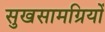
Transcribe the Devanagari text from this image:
सुखसामग्रियों